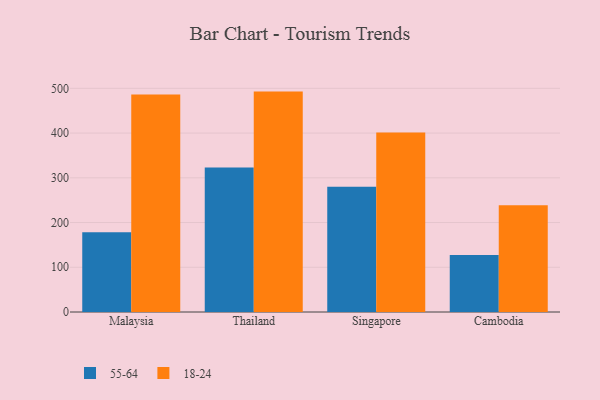
{"axis": {"x": "Country", "y": "Churn Rate (%)"}, "legend": ["18-24", "55-64"], "data": [{"x": "Malaysia", "y": 178.3, "type": "55-64"}, {"x": "Malaysia", "y": 486.0, "type": "18-24"}, {"x": "Thailand", "y": 322.8, "type": "55-64"}, {"x": "Thailand", "y": 492.7, "type": "18-24"}, {"x": "Singapore", "y": 279.9, "type": "55-64"}, {"x": "Singapore", "y": 401.2, "type": "18-24"}, {"x": "Cambodia", "y": 127.7, "type": "55-64"}, {"x": "Cambodia", "y": 238.9, "type": "18-24"}]}